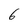
Character: 6